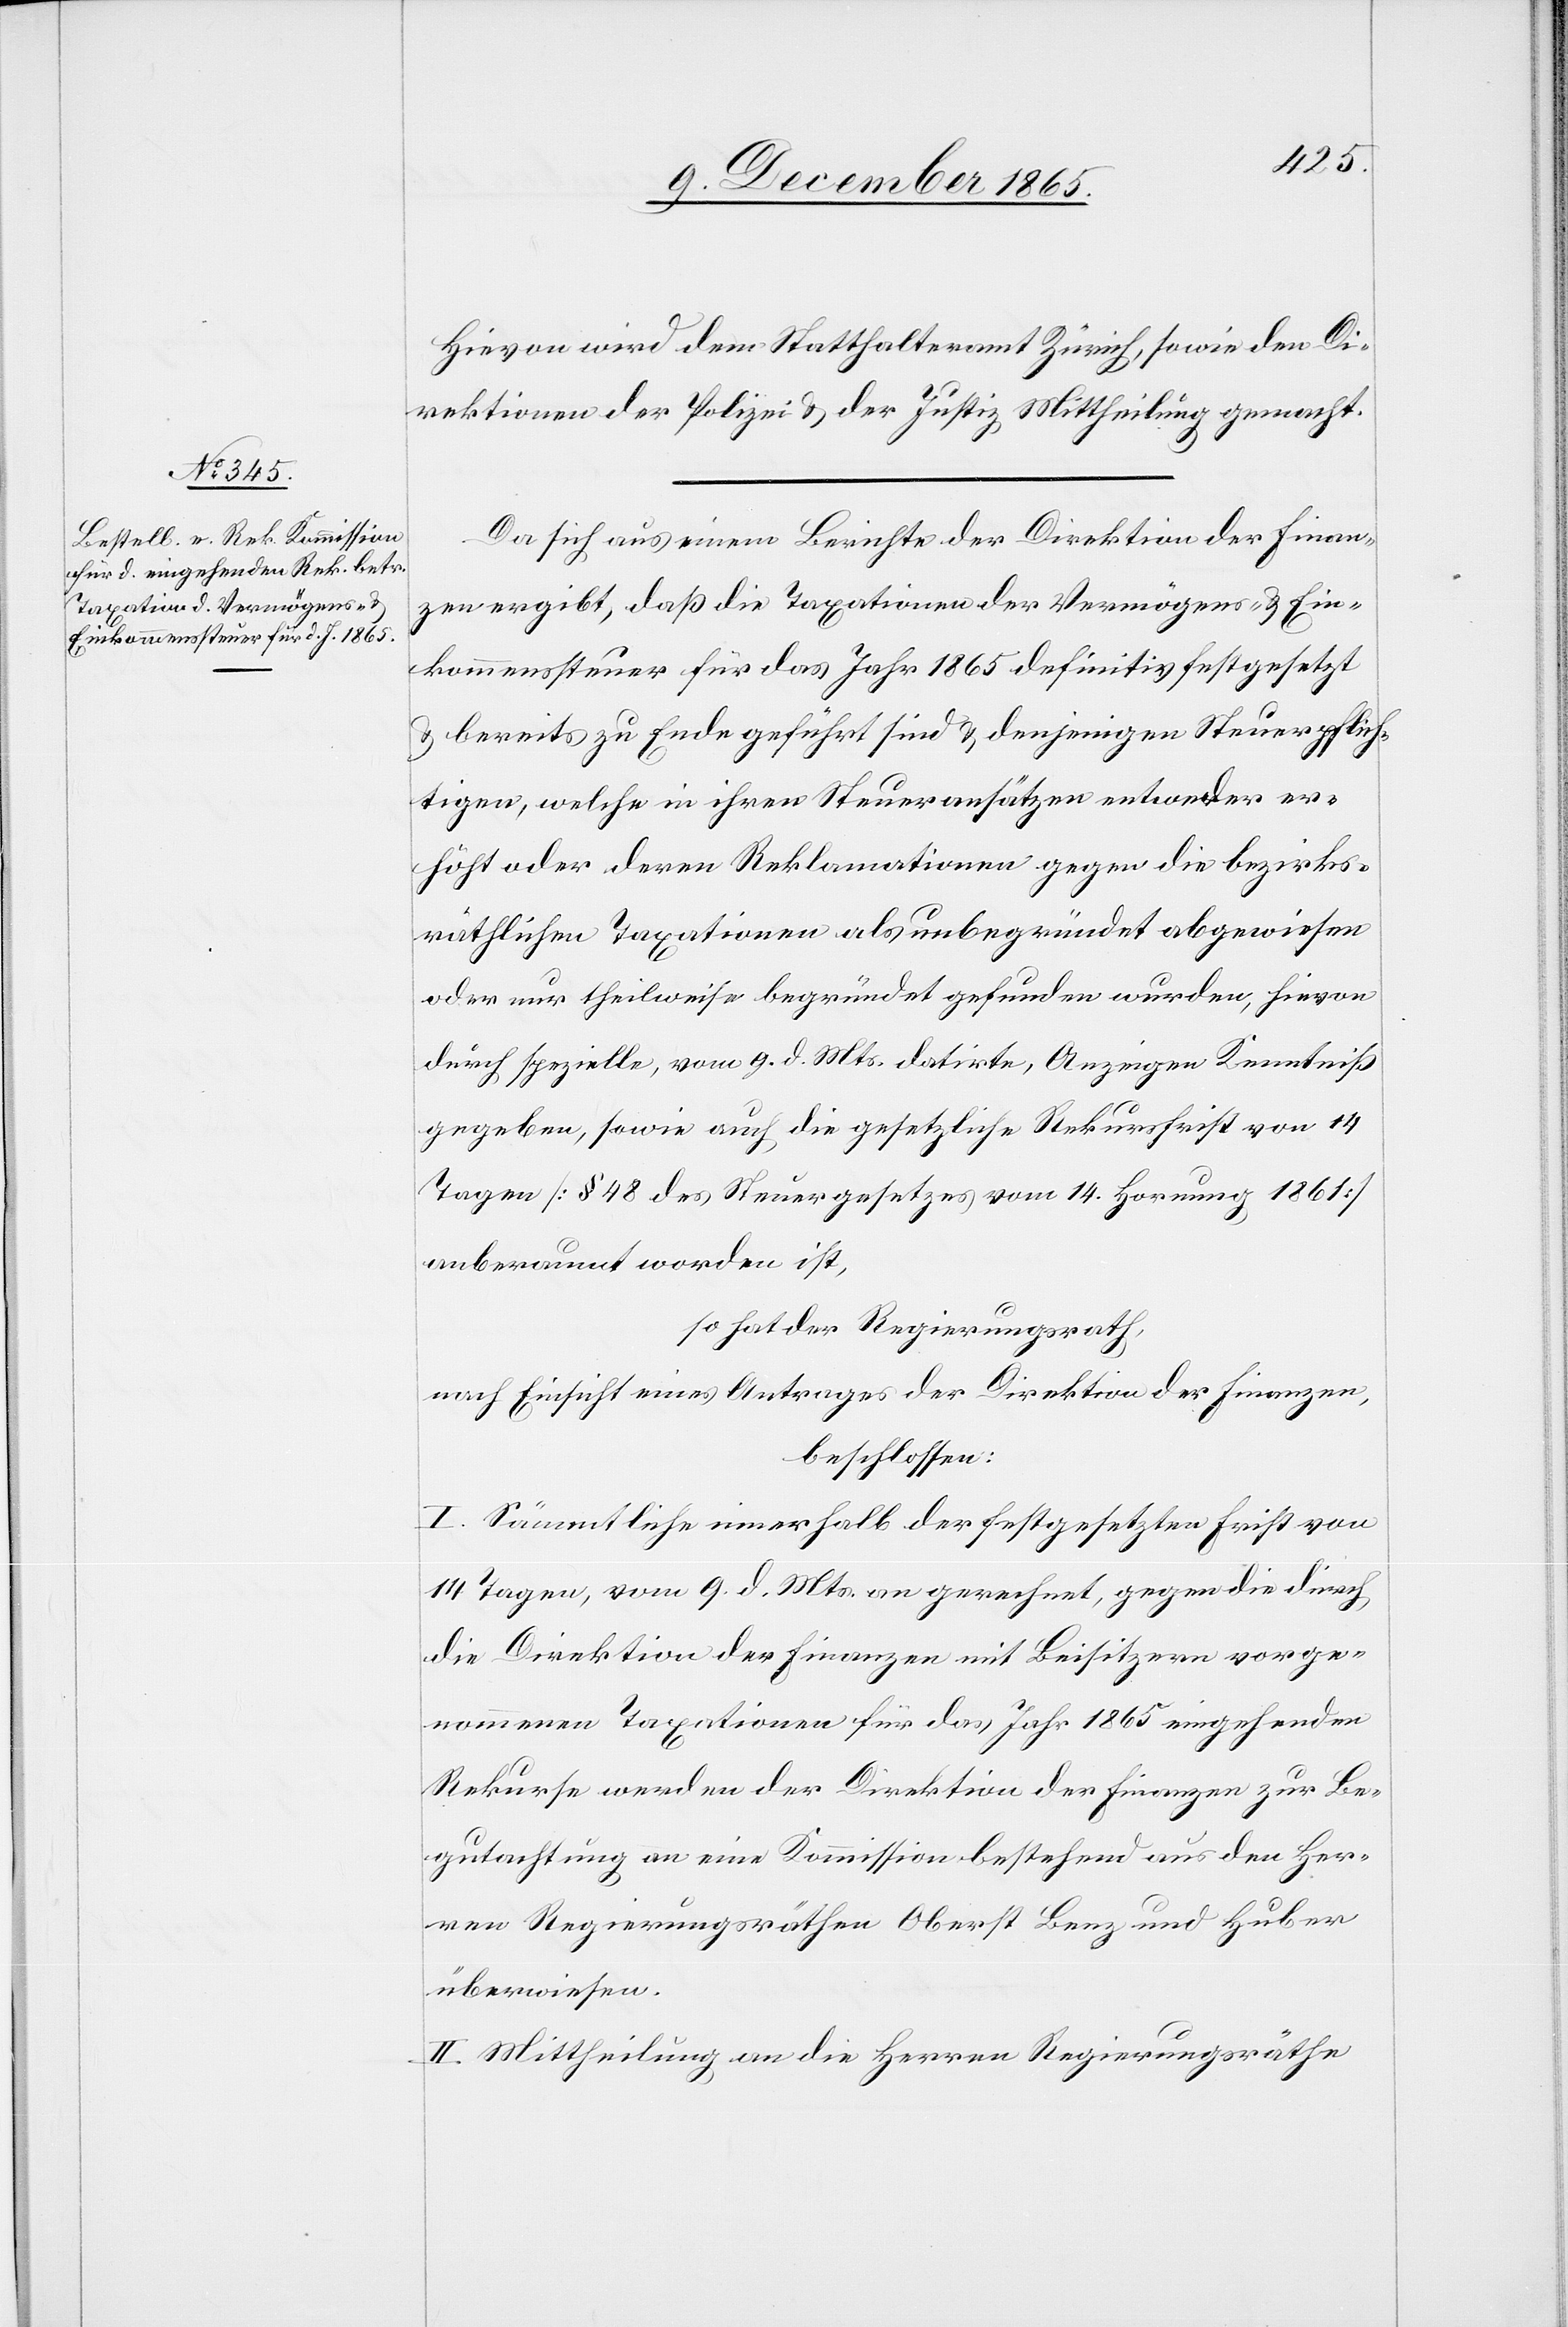
Hievon wird dem Statthalteramt Zürich, sowie den Di¬
rektionen der Polizei & der Justiz Mittheilung gemacht.
Da sich aus einem Berichte der Direktion der Finan¬
zen ergibt, daß die Taxationen der Vermögens- & Ein¬
kommenssteuer für das Jahr 1865 definitiv festgesetzt
& bereits zu Ende geführt sind & denjenigen Steuerpflich¬
tigen, welche in ihren Steueransätzen entweder er¬
höht oder deren Reklamationen gegen die bezirks¬
räthlichen Taxationen als unbegründet abgewiesen
oder nur theilweise begründet gefunden wurden, hievon
durch spezielle, vom 9. d. Mts. datirte, Anzeigen Kenntniß
gegeben, sowie auch die gesetzliche Rekursfrist von 14
Tagen [§ 48 des Steuergesetzes vom 14. Hornung 1861]
anberaumt worden ist,
so hat der Regierungsrath,
nach Einsicht eines Antrages der Direktion der Finanzen,
beschlossen:
I. Sämmtliche innerhalb der festgesetzten Frist von
14 Tagen, vom 9. d. Mts. an gerechnet, gegen die durch
die Direktion der Finanzen mit Beisitzern vorge¬
nommenen Taxationen für das Jahr 1865 eingehenden
Rekurse werden der Direktion der Finanzen zur Be¬
gutachtung an eine Kommission bestehend aus den Her¬
ren Regierungsräthen Oberst Benz und Huber
überwiesen.
II. Mittheilung an die Herren Regierungsräthe